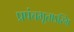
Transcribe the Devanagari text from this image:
प्रपंचभूताऽस्मि